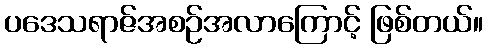
ပဒေသရာဇ်အစဉ်အလာကြောင့် ဖြစ်တယ်။